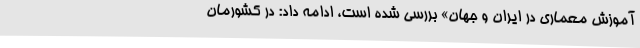
آموزش معماری در ایران و جهان» بررسی شده است، ادامه داد: در کشورمان